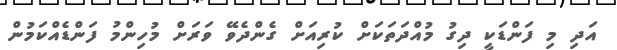
އަދި މި ފަންޑަކީ ދިގު މުއްދަތަކަށް ކުރިއަށް ގެންދެވޭ ވަރަށް މުހިންމު ފަންޑެއްކަމުން